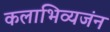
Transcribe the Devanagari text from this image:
कलाभिव्यजंन